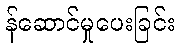
န်ဆောင်မှုပေးခြင်း